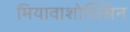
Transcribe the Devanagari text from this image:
मियावाशोच्त्सिन